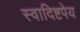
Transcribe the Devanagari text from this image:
स्वादिष्टपेय